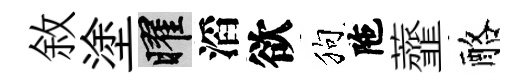
敘塗曜滔欲狗陁虀酪